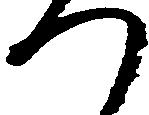
つ